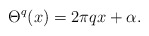
\begin{align*} \Theta^q(x) = 2\pi q x + \alpha. \end{align*}